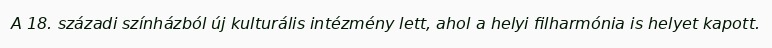
A 18. századi színházból új kulturális intézmény lett, ahol a helyi filharmónia is helyet kapott.